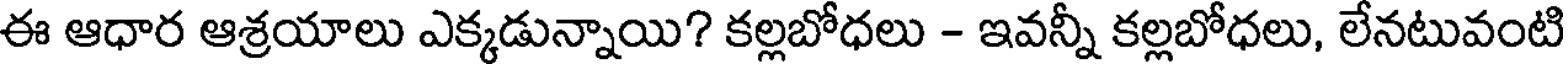
ఈ ఆధార ఆశ్రయాలు ఎక్కడున్నాయి? కల్లబోధలు - ఇవన్నీ కల్లబోధలు, లేనటువంటి